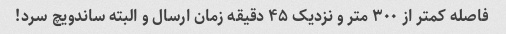
فاصله کمتر از ۳۰۰ متر و نزدیک ۴۵ دقیقه زمان ارسال و البته ساندویچ سرد!